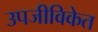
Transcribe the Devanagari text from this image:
उपजीविकेत